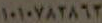
١٠١٠٧٨٢٨٦٢